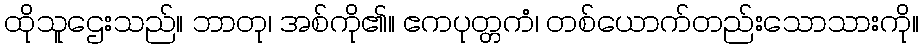
ထိုသူဌေးသည်။ ဘာတု၊ အစ်ကို၏။ ဧကပုတ္တကံ၊ တစ်ယောက်တည်းသောသားကို။